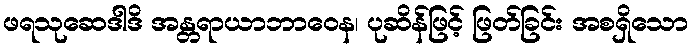
ဖရသုဆေဒါဒိ အန္တရာယာဘာဝေန၊ ပုဆိန်ဖြင့် ဖြတ်ခြင်း အစရှိသော